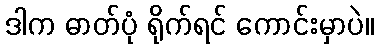
ဒါက ဓာတ်ပုံ ရိုက်ရင် ကောင်းမှာပဲ။